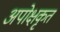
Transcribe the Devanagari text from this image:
अपोक्षकृत